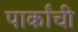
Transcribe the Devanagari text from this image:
पार्कांची